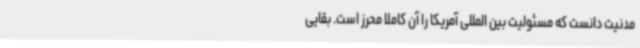
مدنیت دانست که مسئولیت بین المللی آمریکا را آن کاملا محرز است. بقایی